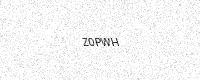
Text: Z0PWH